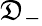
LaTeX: \mathfrak{D}_{-}